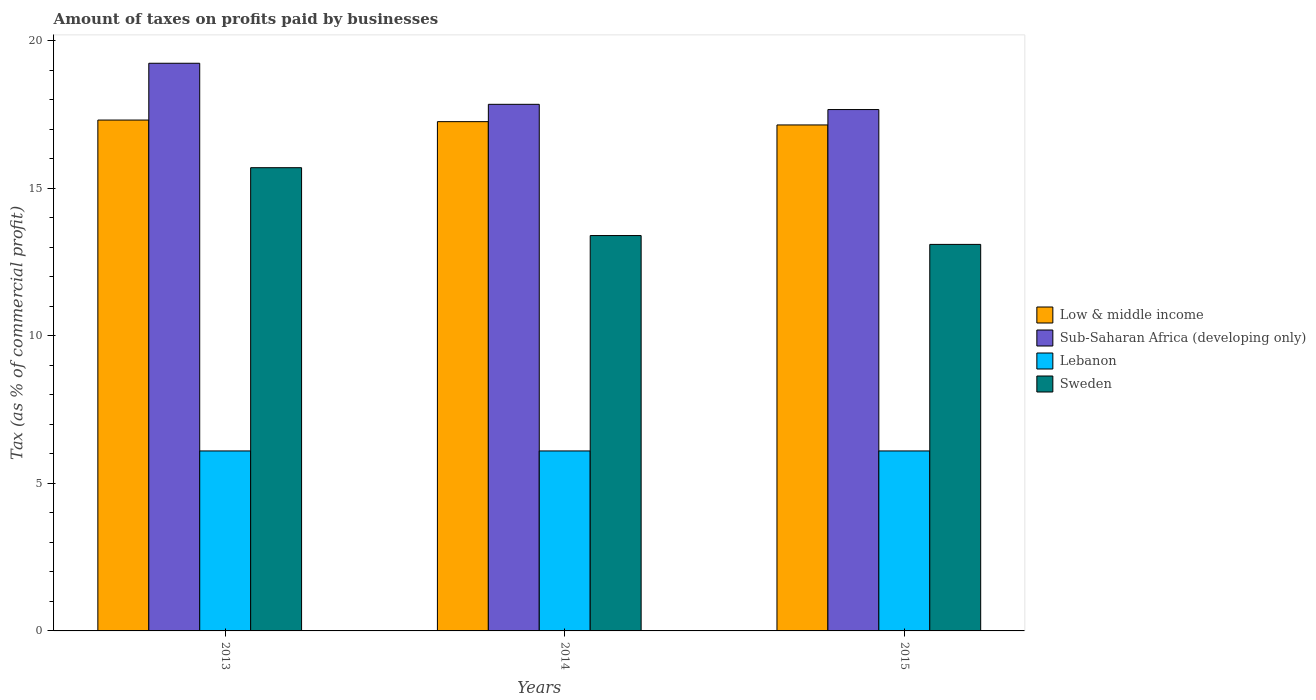
| Years | Low & middle income | Sub-Saharan Africa (developing only) | Lebanon | Sweden |
 | --- | --- | --- | --- | --- |
 | 2013 | 17.3 | 19.2 | 6.1 | 15.7 |
 | 2014 | 17.3 | 17.8 | 6.1 | 13.4 |
 | 2015 | 17.1 | 17.7 | 6.1 | 13.1 |